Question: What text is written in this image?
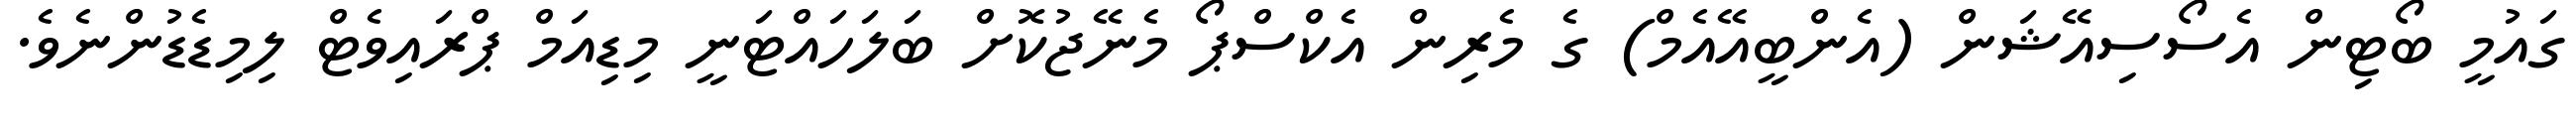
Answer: ގައުމީ ބޯޓިން އެސޯސިއޭޝަން (އެންބީއޭއެމް) ގެ މެރިން އެކްސްޕޯ މެނޭޖުކޮށް ބަލަހައްޓަނީ މިޑިއަމް ޕްރައިވެޓް ލިމިޑެޑުންނެވެ.